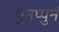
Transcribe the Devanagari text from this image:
पुनप्पुनं